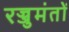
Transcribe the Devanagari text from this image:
रज्जुमंतों